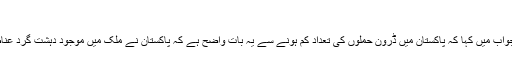
'
خواجہ آصف نے ایک اور سوال کے جواب میں کہا کہ پاکستان میں ڈرون حملوں کی تعداد کم ہونے سے یہ بات واضح ہے کہ پاکستان نے ملک میں موجود دہشت گرد عناصر کے خلاف موثر کاروائی کی ہے۔